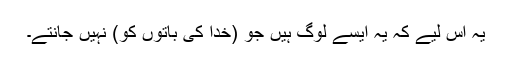
یہ اِس لیے کہ یہ ایسے لوگ ہیں جو (خدا کی باتوں کو) نہیں جانتے۔